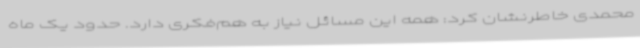
محمدی خاطرنشان کرد: همه این مسائل نیاز به هم‌فکری دارد. حدود یک ماه